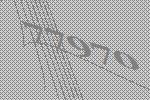
77970